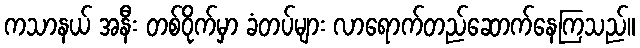
ကသာနယ် အနီး တစ်ဝိုက်မှာ ခံတပ်များ လာရောက်တည်ဆောက်နေကြသည်။